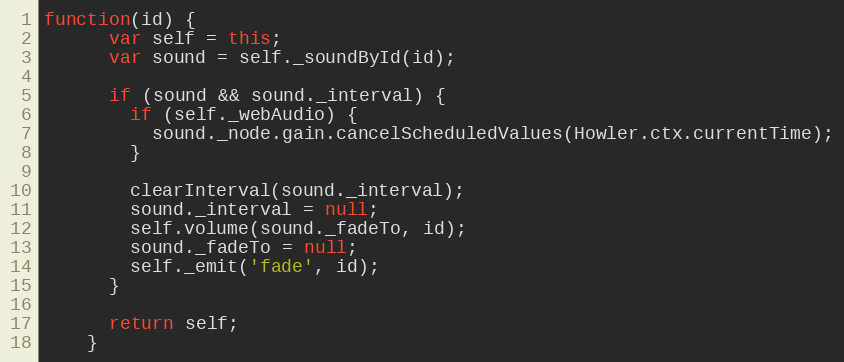
Language: JavaScript
function(id) {
      var self = this;
      var sound = self._soundById(id);

      if (sound && sound._interval) {
        if (self._webAudio) {
          sound._node.gain.cancelScheduledValues(Howler.ctx.currentTime);
        }

        clearInterval(sound._interval);
        sound._interval = null;
        self.volume(sound._fadeTo, id);
        sound._fadeTo = null;
        self._emit('fade', id);
      }

      return self;
    }